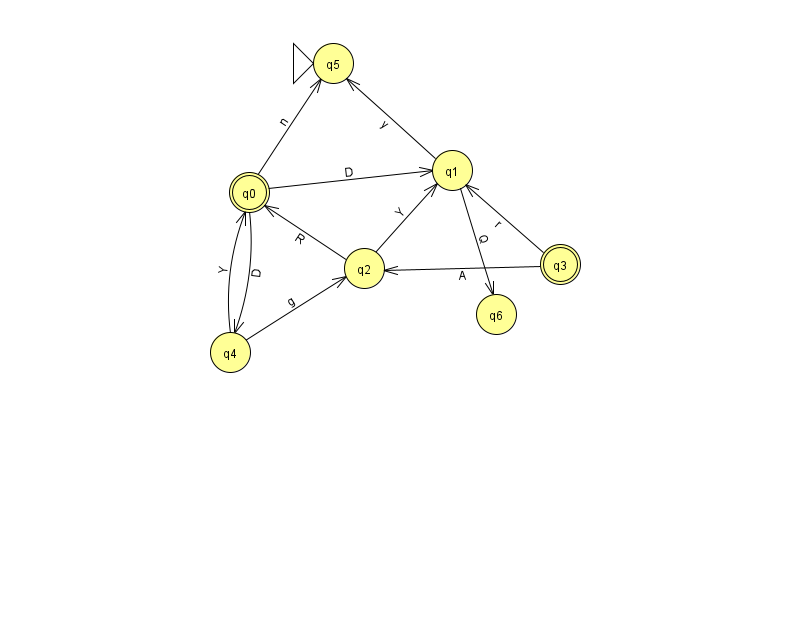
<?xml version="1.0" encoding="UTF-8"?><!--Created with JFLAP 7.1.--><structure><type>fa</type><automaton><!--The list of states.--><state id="0" name="q0"><x>249.0</x><y>179.0</y><final/></state><state id="1" name="q1"><x>452.0</x><y>157.0</y></state><state id="2" name="q2"><x>364.0</x><y>255.0</y></state><state id="3" name="q3"><x>560.0</x><y>251.0</y><final/></state><state id="4" name="q4"><x>230.0</x><y>339.0</y></state><state id="5" name="q5"><x>333.0</x><y>50.0</y><initial/></state><state id="6" name="q6"><x>496.0</x><y>301.0</y></state><!--The list of transitions.--><transition><from>0</from><to>1</to><read>D</read></transition><transition><from>1</from><to>6</to><read>Q</read></transition><transition><from>2</from><to>0</to><read>R</read></transition><transition><from>1</from><to>5</to><read>y</read></transition><transition><from>0</from><to>5</to><read>n</read></transition><transition><from>4</from><to>0</to><read>Y</read></transition><transition><from>4</from><to>2</to><read>g</read></transition><transition><from>0</from><to>4</to><read>D</read></transition><transition><from>3</from><to>1</to><read>r</read></transition><transition><from>2</from><to>1</to><read>Y</read></transition><transition><from>3</from><to>2</to><read>A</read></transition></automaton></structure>